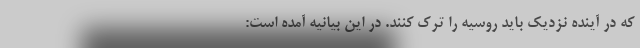
که در آینده نزدیک باید روسیه را ترک کنند. در این بیانیه آمده است: